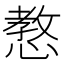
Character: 𢠛